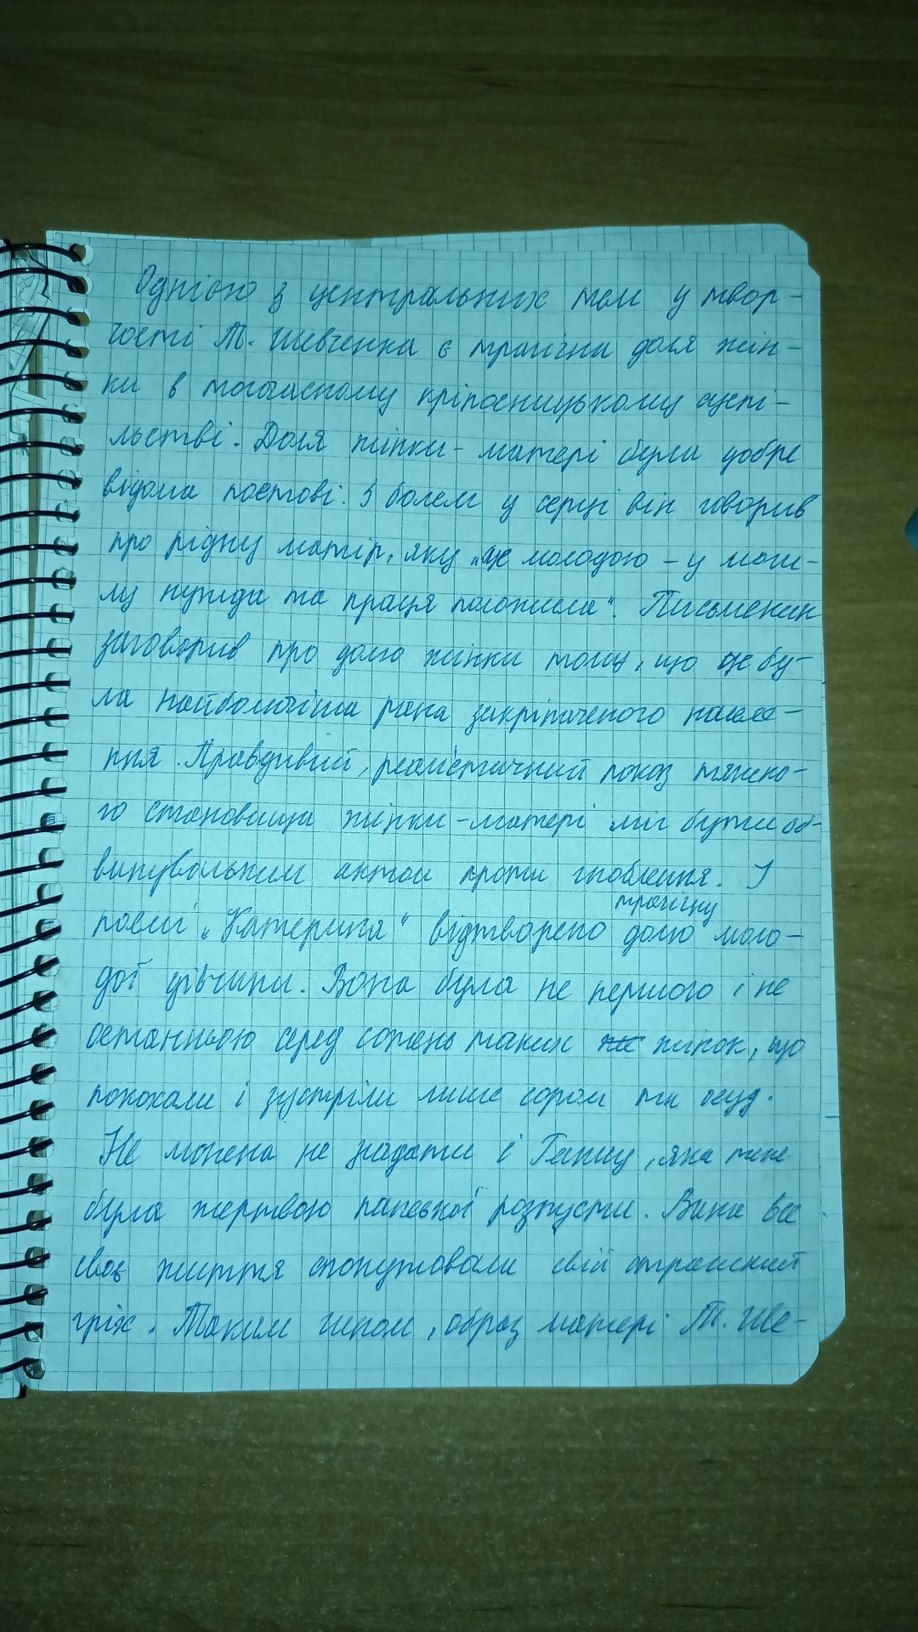
Однією з центральних тем у твор-
поеті Т. Шевченка є трагічні доля жін-
ки в тогочасному кріпосницькому суспі-
льстві. Доля жінки - матері була добре
відома поетові. З болем у серці він говорив
про рідну матір, яку "ще молодою - у моги -
лу нужда та праця положила". Письменик
заговорив про долю жінки тому, що це бу-
ла найболючіша рана закріпаченого населе-
ння. Правдивий, реалістичний показ тяжко -
го становища жінки-матері міг бути об-
винувальним актом проти гноблення. У
трагічну
поемі "Катерина" відтворено долю моло-
до дівчини. Вона була не першою і не
останньою серед сотень таких ~~же~~ жінок, що
покохали і зустріли лише сором та осуд.
Не можна не згадати і Ганну, яка теж
була жертвою панської розпусти. Вони все
своє життя спокутовали свій страшний
гріх. Таким чином, образ матері Т. Ше-